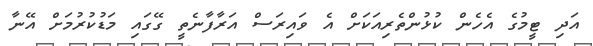
އަދި ޓީމުގެ އެހެން ކުޅުންތެރިއަކަށް އެ ވައިރަސް އަރާފާނެތީ ގޭގައި މަޑުކުރުމަށް އޭނާ